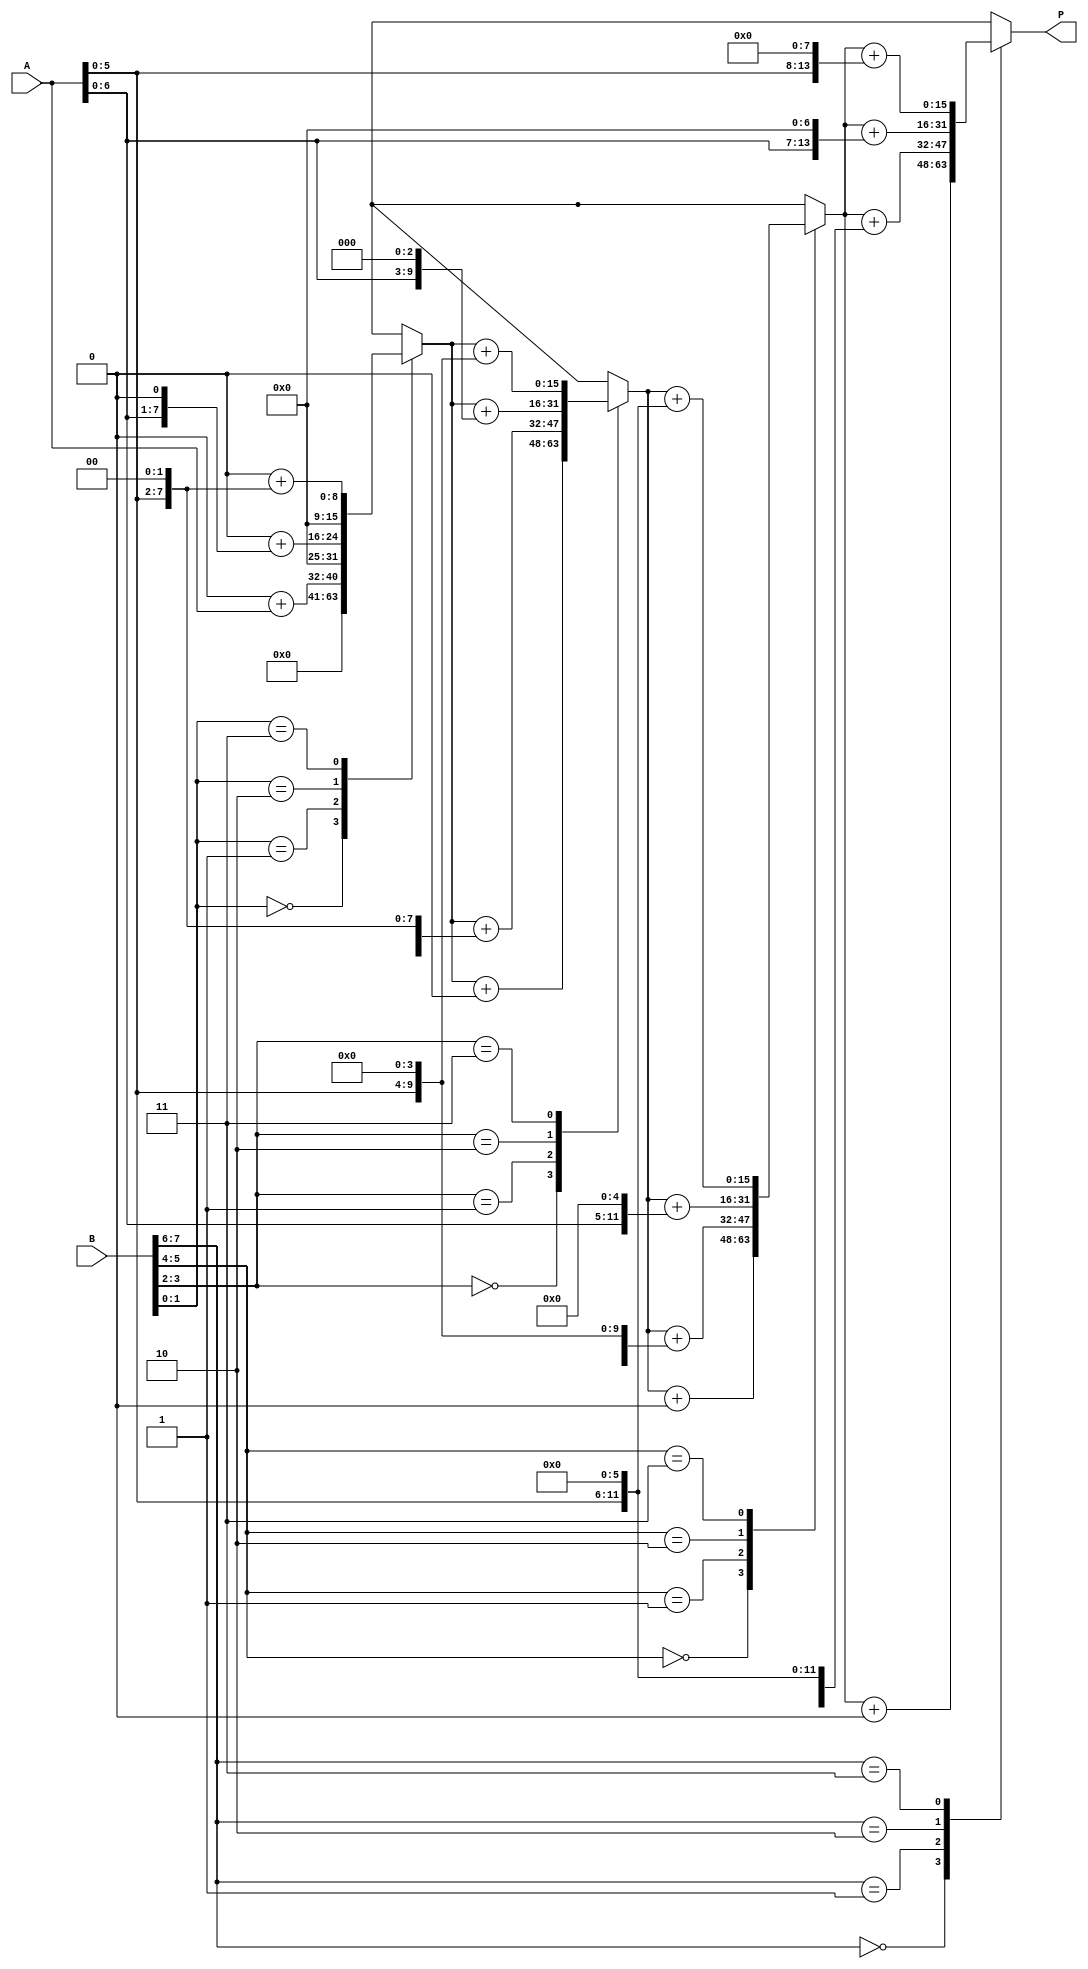
module radix4_multiplier #(parameter N = 8) (
    input [N-1:0] A,      // Multiplicand
    input [N-1:0] B,      // Multiplier
    output reg [2*N-1:0] P // Product
);

    // Internal signals
    reg [N-1:0] pp [0:3]; // Partial products
    reg [2*N-1:0] sum_0, sum_1, sum_2, sum_final;

    integer i;

    // Generate Partial Products based on the 2-bit segments of B
    always @(*) begin
        // Initialize partial products
        pp[0] = 0; // For 00
        pp[1] = A; // For 01
        pp[2] = A << 1; // For 10
        pp[3] = A << 2; // For 11

        // Initialize product to zero
        P = 0;

        // Generate the partial products based on B
        for (i = 0; i < N/2; i = i + 1) begin
            case (B[2*i +: 2]) // Get 2 bits of B at a time
                2'b00: P = P + (pp[0] << (2*i)); // No contribution
                2'b01: P = P + (pp[1] << (2*i)); // A
                2'b10: P = P + (pp[2] << (2*i)); // A << 1
                2'b11: P = P + (pp[3] << (2*i)); // A << 2
            endcase
        end
    end

endmodule